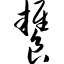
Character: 饔